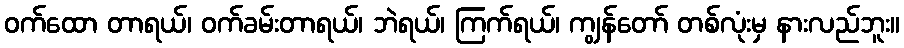
ဝက်ထော တာရယ်၊ ဝက်ခမ်းတာရယ်၊ ဘဲရယ်၊ ကြက်ရယ်၊ ကျွန်တော် တစ်လုံးမှ နားလည်ဘူး။